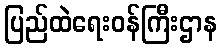
ပြည်ထဲရေးဝန်ကြီးဌာန